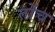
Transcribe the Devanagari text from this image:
तोंच